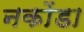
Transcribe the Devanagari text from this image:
नकोंडा